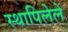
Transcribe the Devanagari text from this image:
स्थापिलेले